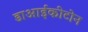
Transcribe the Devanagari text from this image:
डाआईकीटोन